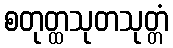
စတုတ္ထသုတသုတ္တံ